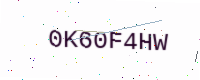
Text: 0K60F4HW